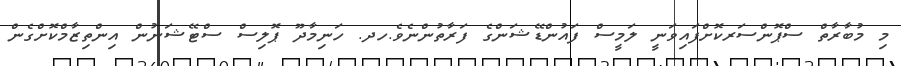
މި މުބާރާތް ސްޕޮންސަރކޮށްފައިވަނީ ލަމީސް ފައުންޑޭޝަންގެ ފަރާތުންނެވެ.ހދ. ހަނިމާދޫ ޕޮލިސް ސްޓޭޝަނުން އިންތިޒާމްކޮށްގެން